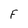
Character: F